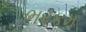
ભરકમ